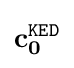
\mathbf {c} _{\mathbf {0} }^{\mathtt {KED}}